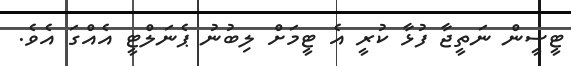
ޓީސީން ނަތީޖާ ފުޅާ ކުރީ އެ ޓީމަށް ލިބުނު ޕެނަލްޓީ އެއްގަ އެވެ.